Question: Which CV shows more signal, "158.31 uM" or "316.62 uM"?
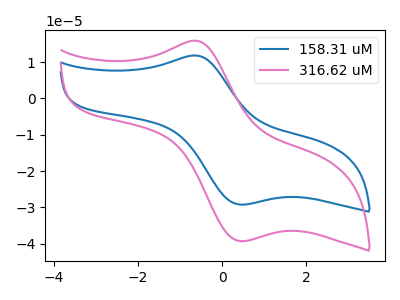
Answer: <think>The blue curve "158.31 uM" has an anodic peak at (-0.70V, 11.80uA) and a cathodic peak at (0.45V, -29.20uA). The pink curve "316.62 uM" has an anodic peak at (-0.70V, 15.90uA) and a cathodic peak at (0.45V, -39.30uA).
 All the peaks in "158.31 uM" have a peak in "316.62 uM" at the same potential. Every peak in "158.31 uM" is lower than every peak in "316.62 uM".</think>
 <answer>"158.31 uM" has less signal than "316.62 uM".</answer>
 <eval>less_signal</eval>